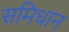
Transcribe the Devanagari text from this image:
समिधान